King Institute of Preventive Medicine Micro-Biological Section reports 1912-19
Year: 1912
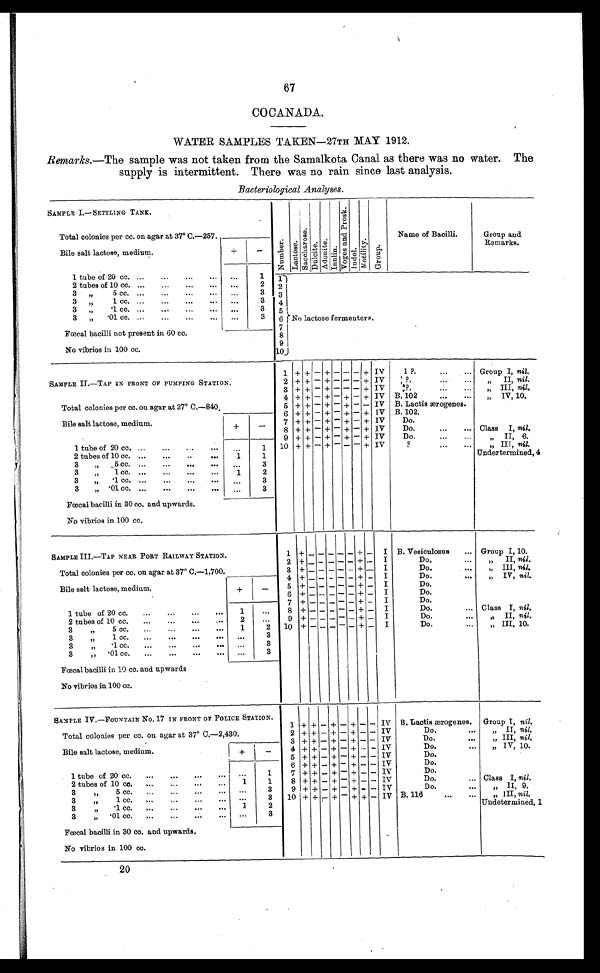
67
COCANADA.
WATER SAMPLES TAKEN—27TH MAY 1912.
Remarks.—The sample was not taken from the Samalkota Canal as there was no water. The
supply is intermittent. There was no rain since last analysis.
Bacteriological Analyses.
SAMPLE I.—SETTLING TANK.
N u m b e r .
L a c t o s e .
S a c c h a r o s e .
D u l c i t e . A d o n i t e . I n u l i n .
V o g e s a n d P r o s k .
I n d o l .
M o t i l i t y . G r o u p .
Name of Bacilli.
Group and
Remarks.
Total colonies per cc. on agar at 37° C.—257.
Bile salt lactose, medium.
+
-
1 tube of 20 cc. ...
...
... ...
1 1
No lactose fermenters.
2 tubes of 10 cc. ...
...
...
. . .
2 2
3 , ,
5 cc. ...
...
..
...
...
3
3
3 ,, 1 cc. ...
3
4
3
,,
.1 cc. ... ... ... ..
3
5
3
„
.01 cc. ...
3
6
7
Foecal bacilli not present in 60 cc.
8
No vibrios in 100 cc.
9
10
SAMPLE II.—TAP IN FRONT OF PUMPING STATION.
1
+ +
-
+ -
- -
+
IV
1?.
...
... Group I, nil.
2 + + - + - - - + IV 1 ?.
..
„ II, nil.
3 + + - + - - - + IV
1?.
...
„ III, nil.
Total colonies per cc. on agar at 3 7° C . — 8 4 0 .
4
+ +
-
+
-
+ - +
IV B. 102
...
...
„ IV, 10.
5 + + - + - + - - IV B. Lactis ærogenes.
6
+ +
-
+ - + - +
IV B. 102.
Bile salt lactose, medium
+
-
7 + + - +
-
+ - + IV
Do.
8 + + - + - + - + IV
Do.
...
... Class I, nil.
9
+ +
-
+
-
+ - +
IV
Do.
...
...
,, II. 6.
1 tube of 20 cc. ...
.
1 10 + +
-
+ - - - + IV
?
...
..
„ III, nil.
Undertermined, 4
2 tubes of 10 cc. ...
.
..
1
1
3
,, 5 cc. ...
...
...
...
...
3
3
, , 1 c c .
1
2
3
„
.1 cc. ... ... ..
...
3
3
„ .01 cc. ... ... ...
3
Foecal bacilli in 30 cc. and upwards.
No vibrios in 100 cc.
SAMPLE III.—TAP NEAR PORT RAILWAY STATION.
1 +
- - - - -
+
-
I B. Vesiculosus
... Group I, 10.
2
+ - -
- - - +
-
I
Do.
,, II, nil.
Total colonies per cc. on agar at 37° C.—1,700.
3 + - - - - - +
-
I
Do.
„ III, nil.
4 +
-
- - - - + - I
Do.
...
„ IV, nil.
Bile salt lactose, medium.
+
-
5 + - - - - - + - I
Do.
6
+ -
- - - -
+ -
I
Do.
7 + - -
-
-
-
+ - I
Do.
1 tube of 20 cc.
...
...
1
8 + - - - - - + - I
Do.
... Class I, nil.
2 tubes of 10 cc.
...
...
...
2
...
9 + -
- -
-
-
+
-
I
Do.
,, II, nil.
3
,,
5 cc.
...
...
1
2
10 + -
-
- - - + - I
Do.
„ III, 10.
3
,,
1 cc.
..
3
3
, ,
.1 cc.
..
3
3
,, .01 cc.
......
3
Foecal bacilli in 10 cc. and upwards
No vibrios in 100 cc.
SAMPLE IV.—FOUNTAIN No. 17 IN FRONT OF POLICE STATION.
1 + +
-
+
-
+
- -
IV B. Lactis ærogenes. Group I, nil.
Total colonies per cc. on agar at 37° C.—2,430.
2 + + - + - + - - IV
Do.
...
„ II, nil.
3
+ +
-
+
-
+ - -
IV
Do.
...
„ III, nil.
Bile salt lactose, medium.
+ -
4 + + - + - +
-
- IV
Do.
...
„ IV, 10.
5 + + - + - +
- -
IV
Do.
6 + + - + - + -
-
IV
Do.
1 tube of 20 cc.
...
1
7 + + - + - + - - IV
Do.
2 tubes of 10 cc. ...
...
...
...
1
1
8 + + - + - + - - IV
Do.
... Class I, nil.
3
,,
5 cc.
...
3
9 + + - + - + - - IV
Do.
...
, , I I ,
9.
10 + +
-
+
- + +
-
IV B. 116
...
...
„ III, nil.
Undetermined, 1
3
,,
1 cc. ...
..
..
3
3
,, .1 cc. ... ... ... ...
1
2
3
,, .01 cc.
...
...
3
Foecal bacilli in 30 cc. and upwards.
No vibrios in 100 cc.
20